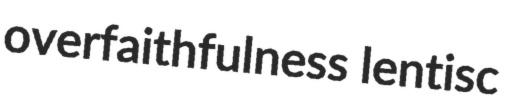
overfaithfulness lentisc